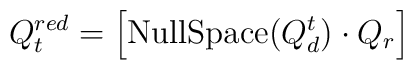
Q^{red}_t=\left[{\mbox{NullSpace}}(Q_d^t)\cdot Q_r\right]